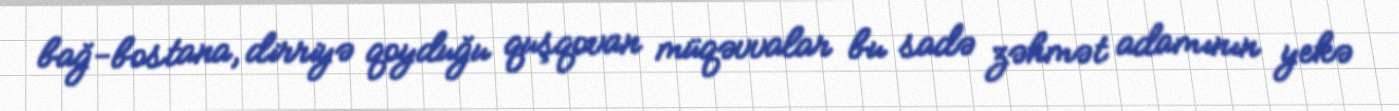
bağ-bostana, dirriyə qoyduğu quşqovan müqəvvalar bu sadə zəhmət adamının yekə